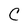
Character: C